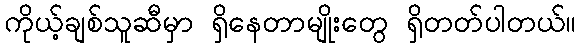
ကိုယ့်ချစ်သူဆီမှာ ရှိနေတာမျိုးတွေ ရှိတတ်ပါတယ်။